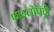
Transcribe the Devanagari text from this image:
फाइलोपैट्री